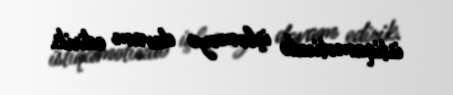
istiqamətində işləməyə davam edirik.